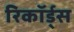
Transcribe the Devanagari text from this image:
रिकॉर्ड्स